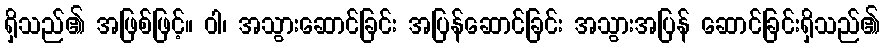
ရှိသည်၏ အဖြစ်ဖြင့်။ ဝါ၊ အသွားဆောင်ခြင်း အပြန်ဆောင်ခြင်း အသွားအပြန် ဆောင်ခြင်းရှိသည်၏